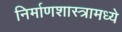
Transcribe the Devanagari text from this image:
निर्माणशास्त्रामध्ये